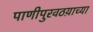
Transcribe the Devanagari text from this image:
पाणीपुरवठय़ाच्या